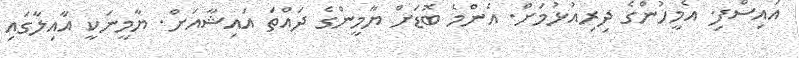
އައިސްފި. އެމީހުންގެ ދިރިއުޅުމަށް. އެންމެ ބޮޑަށް ޔާމީންގެ ދައްތަ އައިޝާއަށް. ޔާމީނަކީ އާއިލާގައި